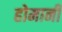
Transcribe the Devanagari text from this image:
होमानी